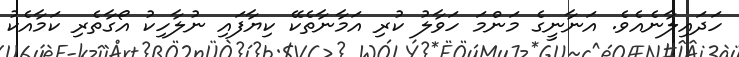
ހަދައިލާނެއެވެ. އަނާނީގެ މަންމަ ހަވާލު ކުރި އަމާނާތެކޭ ކިޔާފައި ނުލާހިކު އޯގާތެރި ކަމާއެކު